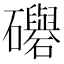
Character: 𥗵